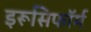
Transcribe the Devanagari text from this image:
इरूसिफॉर्म